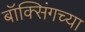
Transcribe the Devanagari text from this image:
बॉक्सिंगच्या